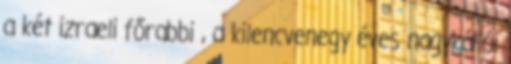
a két izraeli főrabbi , a kilencvenegy éves nagykállói